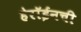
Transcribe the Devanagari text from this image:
हेरॉईनची